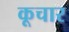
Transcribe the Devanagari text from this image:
कूचार